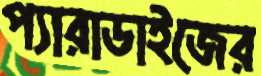
প্যারাডাইজের